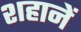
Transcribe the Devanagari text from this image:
शहानें